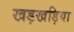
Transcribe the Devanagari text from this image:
खड़खड़िया